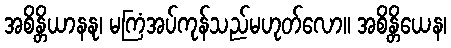
အစိန္တိယာနနု၊ မကြံအပ်ကုန်သည်မဟုတ်လော။ အစိန္တိယေန၊